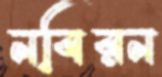
নবিরন